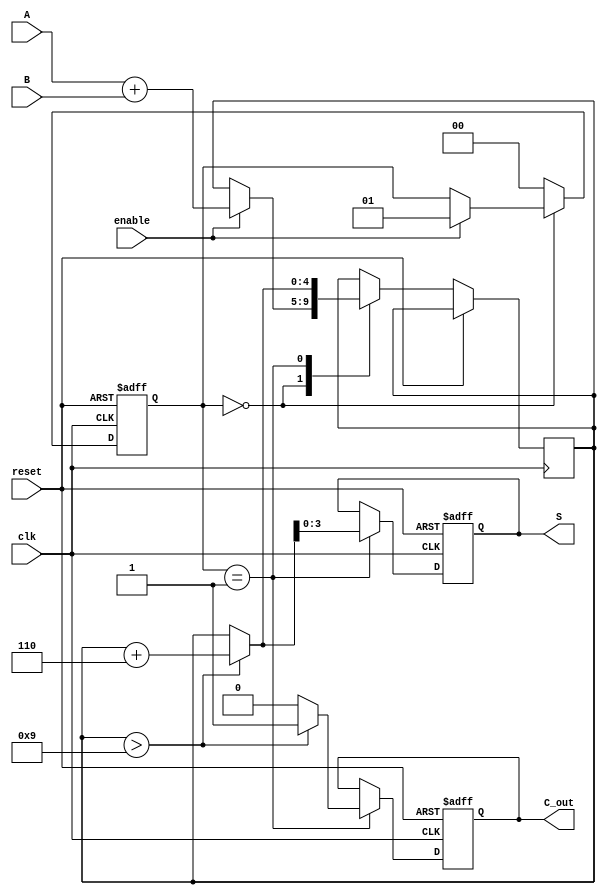
module BCD_Sequential_Adder (
    input wire [3:0] A,       // First BCD digit
    input wire [3:0] B,       // Second BCD digit
    input wire clk,           // Clock signal
    input wire reset,         // Reset signal
    input wire enable,        // Enable signal
    output reg [3:0] S,       // BCD result
    output reg C_out          // Carry-out signal
);

    // Internal signals
    reg [4:0] sum;            // 5-bit to hold sum of A, B and carry
    reg [1:0] state;          // State register
    localparam IDLE = 2'b00,  // State: Idle
               ADD = 2'b01,   // State: Addition
               CORRECT = 2'b10; // State: Correction

    // Sequential process
    always @(posedge clk or posedge reset) begin
        if (reset) begin
            S <= 4'b0000;     // Initialize sum to 0
            C_out <= 1'b0;    // Initialize carry out to 0
            state <= IDLE;    // Set state to IDLE
        end else begin
            case (state)
                IDLE: begin
                    if (enable) begin
                        sum = A + B; // Perform addition
                        state <= ADD; // Move to ADD state
                    end
                end

                ADD: begin
                    // Check if sum exceeds BCD range
                    if (sum > 4'b1001) begin
                        sum = sum + 5'b00110; // Add 6 for correction
                        C_out <= 1'b1; // Set carry out
                    end else begin
                        C_out <= 1'b0; // No carry out
                    end
                    S <= sum[3:0]; // Update BCD result
                    state <= IDLE; // Move back to IDLE state
                end

                default: state <= IDLE; // Default case
            endcase
        end
    end

endmodule